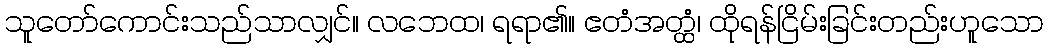
သူတော်ကောင်းသည်သာလျှင်။ လဘေထ၊ ရရာ၏။ ဧတံအတ္ထံ၊ ထိုရန်ငြိမ်းခြင်းတည်းဟူသော